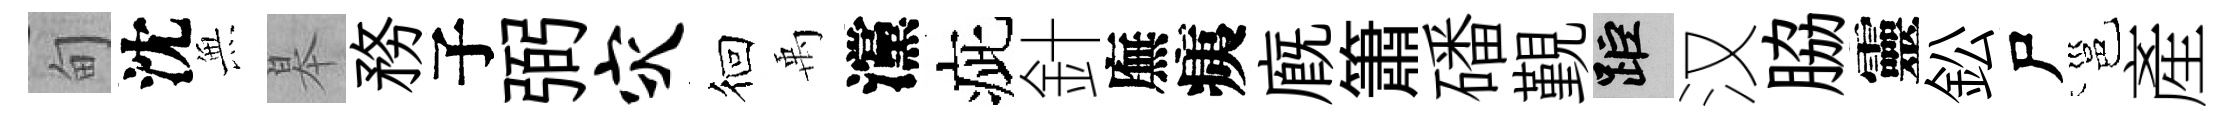
甸沈𭴾皋務子弼灾徊禹灙疵針廡痍廐簫磻覲距汉脇靈鈆尸邕產